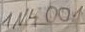
Text: IN4001